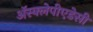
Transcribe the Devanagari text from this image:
अॅस्क्लेपीएडेसी